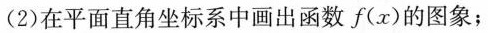
(2)在平面直角坐标系中画出函数f(x)的图象；